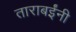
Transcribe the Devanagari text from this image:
ताराबईंनी